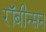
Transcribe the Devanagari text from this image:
रॉबीन्सन